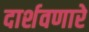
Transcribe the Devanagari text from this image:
दार्शवणारे